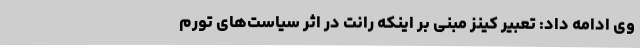
وی ادامه داد: تعبیر کینز مبنی بر اینکه رانت در اثر سیاست‌های تورم